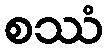
စဿံ